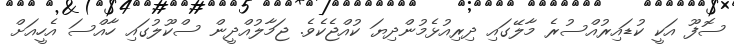
ސޮފޫ އަކީ ކުޑައިރުއްސުރެ މާލޭގައި ދިރިއުޅެމުންދިޔަ ކުއްޖެކެވެ. ޖަމާލުއްދީން ސްކޫލުގައި ހާއްސަ އެހީއަށް